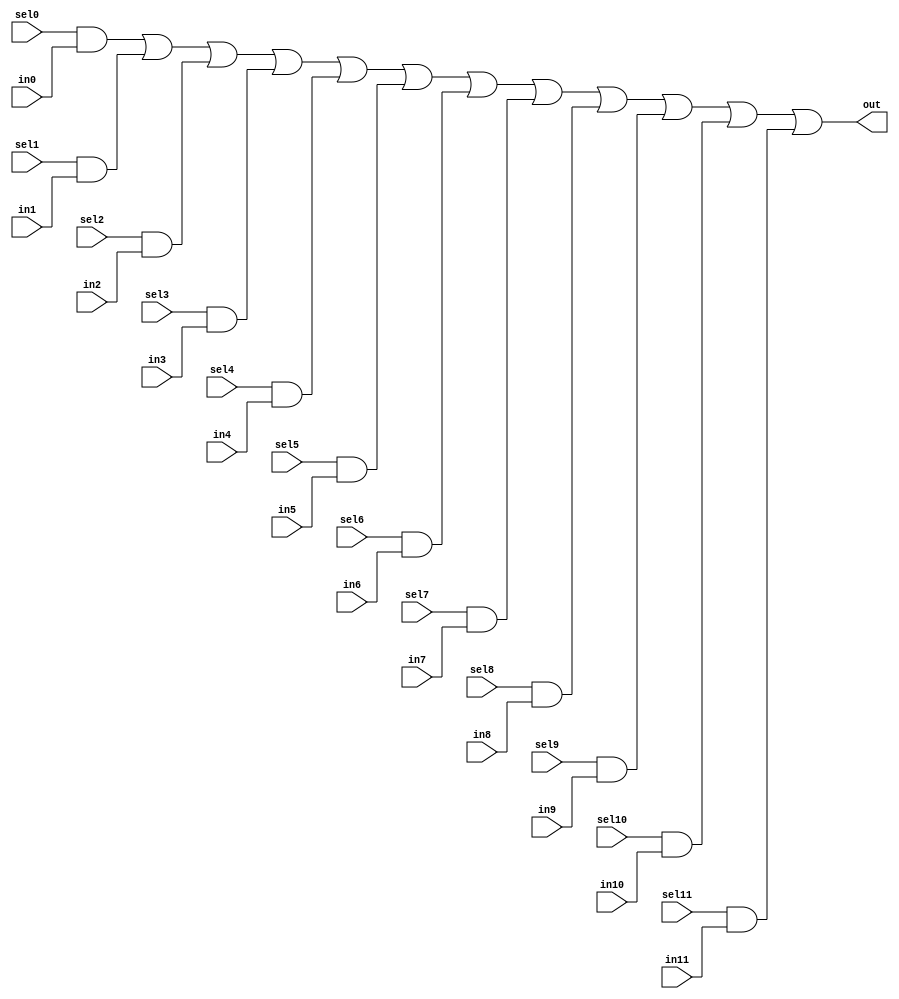
//#############################################################################
//# Function: 12:1 one hot mux                                                #
//#############################################################################
//# Author:   Andreas Olofsson                                                #
//# License:  MIT (see LICENSE file in OH! repository)                        # 
//#############################################################################

module oh_mux12 #(parameter DW = 1 ) // width of mux
   (
     input 	     sel11,
     input 	     sel10,
     input 	     sel9,
     input 	     sel8,
     input 	     sel7,
     input 	     sel6,
     input 	     sel5,
     input 	     sel4,
     input 	     sel3,
     input 	     sel2,
     input 	     sel1,
     input 	     sel0,
     input [DW-1:0]  in11,
     input [DW-1:0]  in10,
     input [DW-1:0]  in9, 
     input [DW-1:0]  in8,
     input [DW-1:0]  in7,
     input [DW-1:0]  in6,
     input [DW-1:0]  in5,
     input [DW-1:0]  in4,
     input [DW-1:0]  in3,
     input [DW-1:0]  in2,
     input [DW-1:0]  in1,
     input [DW-1:0]  in0,   
     output [DW-1:0] out  //selected data output
    );
		   
   assign out[DW-1:0] = ({(DW){sel0}}  & in0[DW-1:0] |
			 {(DW){sel1}}  & in1[DW-1:0] |
			 {(DW){sel2}}  & in2[DW-1:0] |
			 {(DW){sel3}}  & in3[DW-1:0] |
			 {(DW){sel4}}  & in4[DW-1:0] |
			 {(DW){sel5}}  & in5[DW-1:0] |
			 {(DW){sel6}}  & in6[DW-1:0] |
			 {(DW){sel7}}  & in7[DW-1:0] |
			 {(DW){sel8}}  & in8[DW-1:0] |
			 {(DW){sel9}}  & in9[DW-1:0] |
			 {(DW){sel10}} & in10[DW-1:0] |
			 {(DW){sel11}} & in11[DW-1:0]);
      
endmodule // oh_mux12